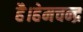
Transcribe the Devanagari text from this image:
है।हेमचन्द्र